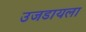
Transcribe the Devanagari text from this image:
उजडायला